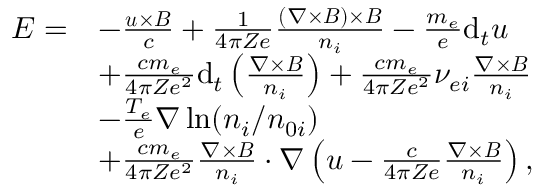
\begin{array} { r l } { \boldsymbol { E } = } & { - \frac { \boldsymbol { u } \times \boldsymbol { B } } { c } + \frac { 1 } { 4 \pi Z e } \frac { ( \nabla \times \boldsymbol { B } ) \times \boldsymbol { B } } { n _ { i } } - \frac { m _ { e } } { e } \mathrm { d } _ { t } \boldsymbol { u } } \\ & { + \frac { c m _ { e } } { 4 \pi Z e ^ { 2 } } \mathrm { d } _ { t } \left( \frac { \nabla \times \boldsymbol { B } } { n _ { i } } \right) + \frac { c m _ { e } } { 4 \pi Z e ^ { 2 } } \nu _ { e i } \frac { \nabla \times \boldsymbol { B } } { n _ { i } } } \\ & { - \frac { T _ { e } } { e } \nabla \ln ( n _ { i } / n _ { 0 i } ) } \\ & { + \frac { c m _ { e } } { 4 \pi Z e ^ { 2 } } \frac { \nabla \times \boldsymbol { B } } { n _ { i } } \cdot \nabla \left( \boldsymbol { u } - \frac { c } { 4 \pi Z e } \frac { \nabla \times \boldsymbol { B } } { n _ { i } } \right) , } \end{array}